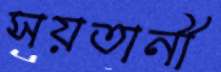
সয়তানী